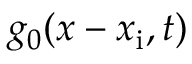
g _ { 0 } ( x - x _ { \mathrm { i } } , t )